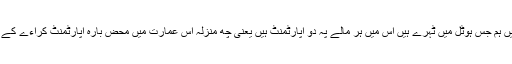
یریوان میں ہم جس ہوٹل میں ٹہرے ہیں اس میں ہر مالے پہ دو اپارٹمنٹ ہیں یعنی چھ منزلہ اس عمارت میں محض بارہ اپارٹمنٹ کراءے کے لیے ہیں۔